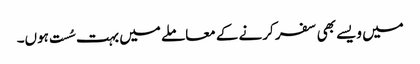
میں ویسے بھی سفر کرنے کے معاملے میں بہت سُست ہوں۔